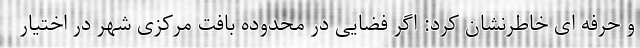
و حرفه ای خاطرنشان کرد: اگر فضایی در محدوده بافت مرکزی شهر در اختیار